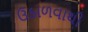
ઉકાળવાથી